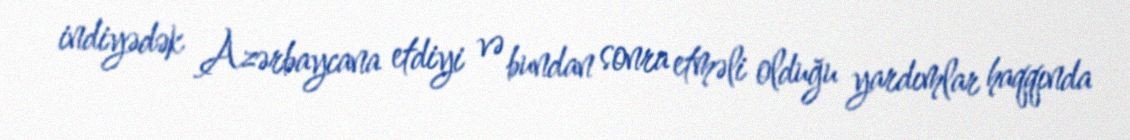
indiyədək Azərbaycana etdiyi və bundan sonra etməli olduğu yardımlar haqqında